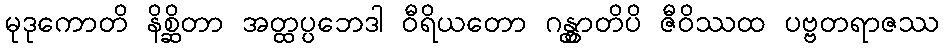
မုဒုကောတိ နိစ္ဆိတာ အတ္ထပ္ပဘေဒါ ဝီရိယတော ဂန္တွာတိပိ ဇီဝိဿထ ပဗ္ဗတရာဇဿ